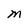
Character: M